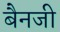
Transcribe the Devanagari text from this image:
बैनजी